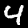
Digit: 4